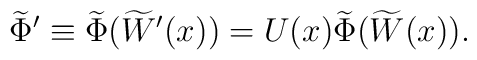
\widetilde{\Phi}'\equiv\widetilde{\Phi}(\widetilde{W}'(x))=U(x)\widetilde{\Phi}(\widetilde{W}(x)).